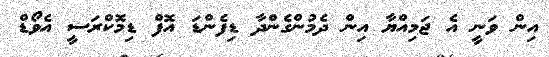
އިން ވަނީ އެ ޖަމިއްޔާ އިން ދެމުންގެންދާ ޑިފެންޑަ އޮފް ޑިމޮކްރަސީ އެވޯޑް